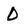
Character: D